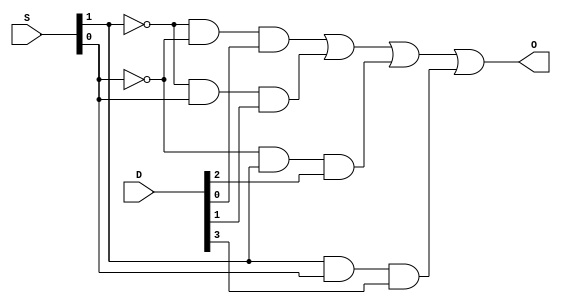
`timescale 1ns / 1ps
module MUX(
    input [3:0] D,
    input [1:0] S,
    output O);
    assign O = ((~S[1] & ~S[0] & D[0]) | (~S[1] & S[0] & D[1]) | (~S[0] &
    S[1] & D[2]) | (S[1] & S[0] & D[3]));
endmodule